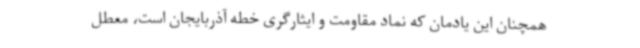
همچنان این یادمان که نماد مقاومت و ایثارگری خطه آذربایجان است، معطل